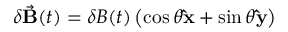
\delta \vec { \mathbf B } ( t ) = \delta B ( t ) \left( \cos \theta \mathbf { \hat { x } } + \sin \theta \mathbf { \hat { y } } \right)